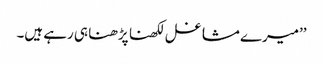
’’میرے مشاغل لکھنا پڑھنا ہی رہے ہیں۔